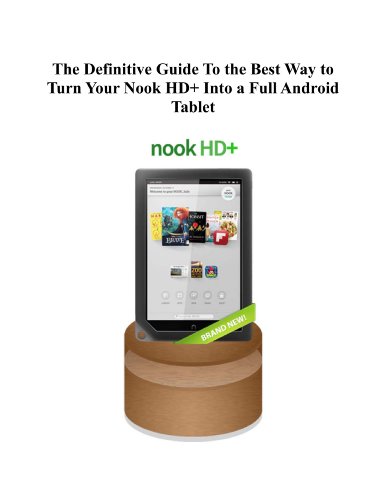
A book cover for The Definitive Guide To the Best Way to Turn Your Nook HD+ Into a Full Android Tablet (The Best Way To Transform Your Nook Into a Full Android Tablet Book 1); Joseph Pellicone; Computers & Technology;